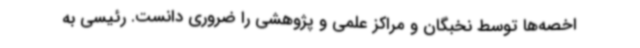
اخصه‌ها توسط نخبگان و مراکز علمی و پژوهشی را ضروری دانست. رئیسی به